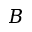
\boldsymbol { B }